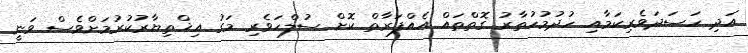
އަދި ހަސަދަވެރިކަމާއި ހުދުމުހުތާރު ގޮތްތައް އެއްފަރާތް ކޮށް ސުލްހަވެރި މަގު އިޚްތިޔާރުކުރުމަށްވެސް ވަނީ